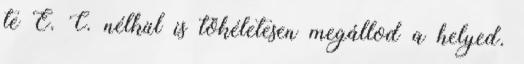
te E. C. nélkül is tökéletesen megállod a helyed.